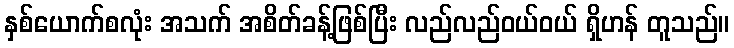
နှစ်ယောက်စလုံး အသက် အစိတ်ခန့်ဖြစ်ပြီး လည်လည်ဝယ်ဝယ် ရှိဟန် တူသည်။